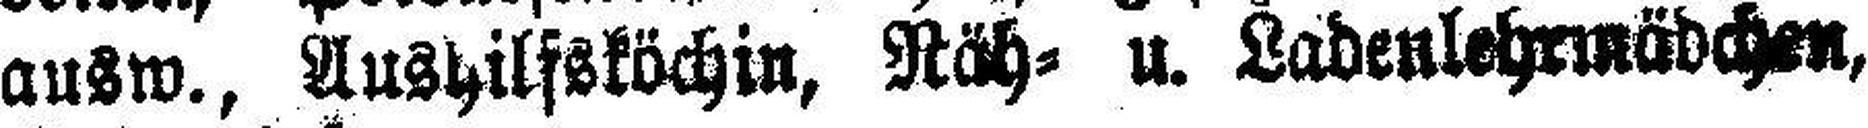
ausw., Aushilfsköchin, Näh= u. Ladenlehrmädchen,